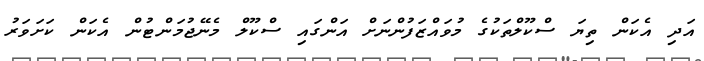
އަދި އެކަން ތިޔަ ސްކޫލްތަކުގެ މުވައްޒަފުންނަށް އަންގައި ސްކޫލް މެނޭޖުމަންޓުން އެކަން ކަށަވަރު